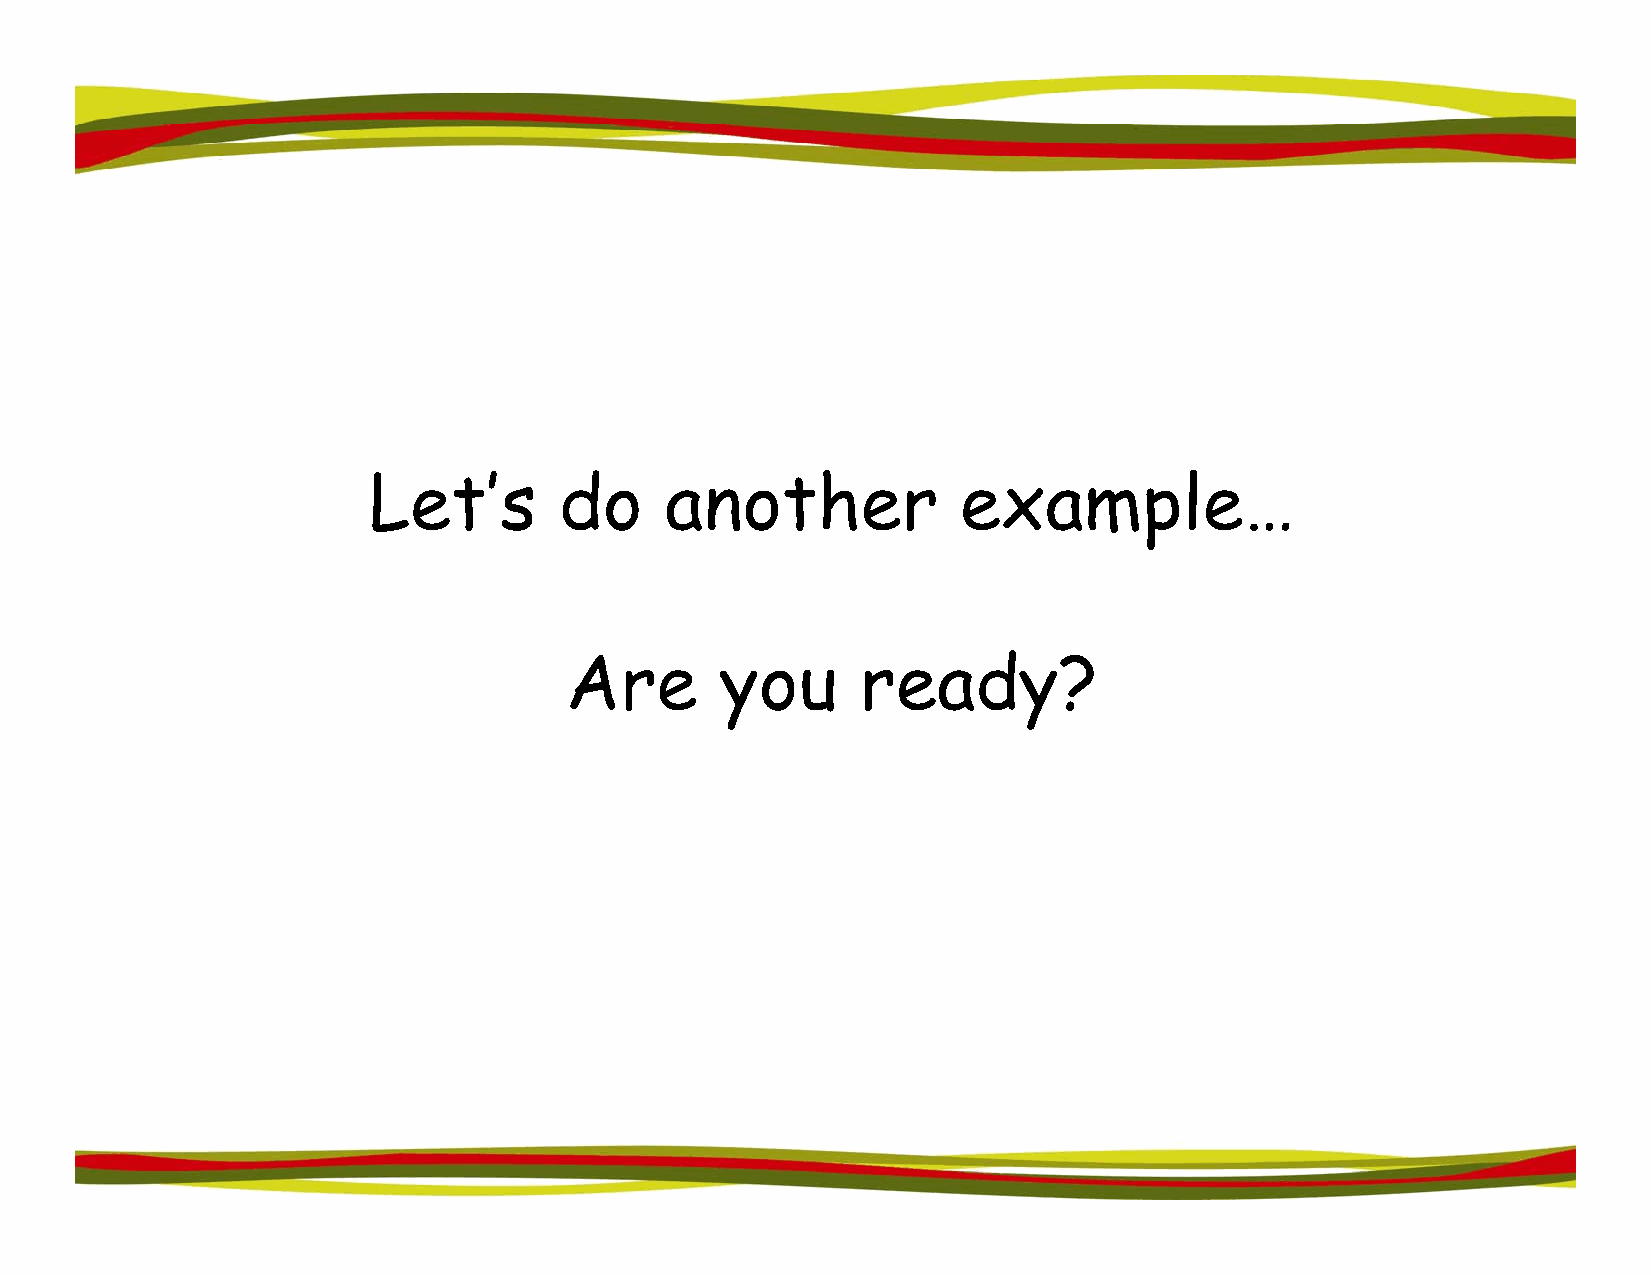
Let’s        do     another             example…
 Are        yyou     readyy?